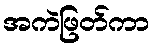
အကဲဖြတ်ကာ